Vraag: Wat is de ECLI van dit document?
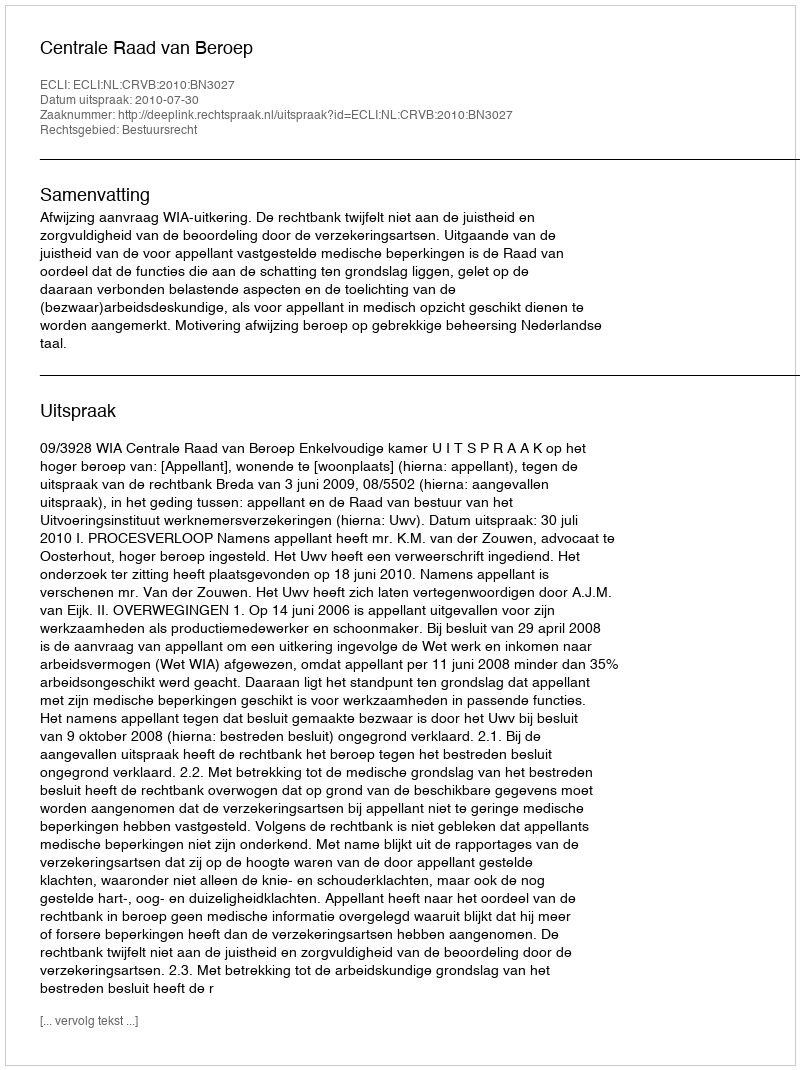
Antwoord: ECLI:NL:CRVB:2010:BN3027